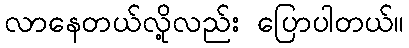
လာနေတယ်လို့လည်း ပြောပါတယ်။